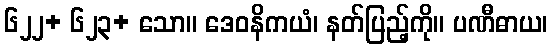
၆၂၂+ ၆၂၃+ သော။ ဒေဝနိကယံ၊ နတ်ပြည့်ကို။ ပဏီဓာယ၊